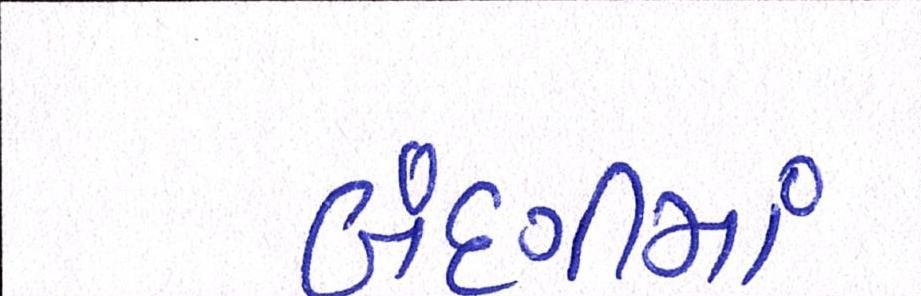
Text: બંદગીમાં